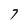
Character: 7